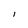
Character: I